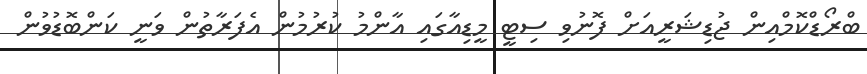
ބްރޯޑްކޮމްއިން ޖުޑިޝަރީއަށް ފޮނުވި ސިޓީ މީޑިއާގައި އާންމު ކުރުމުން އެފަރާތުން ވަނީ ކަންބޮޑުވުން